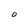
Character: 0